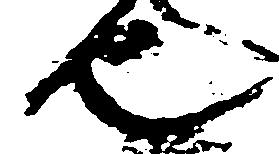
也